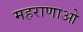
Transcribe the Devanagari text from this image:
महराणाओ